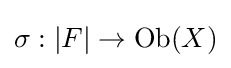
\sigma :|F|\to \mathrm {Ob} (X)